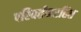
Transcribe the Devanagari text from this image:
परिवर्तनरहित